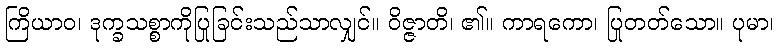
ကြိယာဝ၊ ဒုက္ခသစ္စာကိုပြုခြင်းသည်သာလျှင်။ ဝိဇ္ဇာတိ၊ ၏။ ကာရကော၊ ပြုတတ်သော။ ပုမာ၊